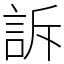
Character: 訴